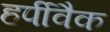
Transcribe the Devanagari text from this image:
हर्पीवैक